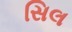
સિલ